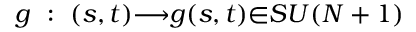
g ~ : ~ ( s , t ) { \longrightarrow } g ( s , t ) { \in } S U ( N + 1 )